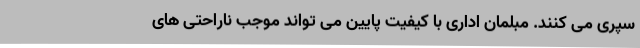
سپری می کنند. مبلمان اداری با کیفیت پایین می تواند موجب ناراحتی های